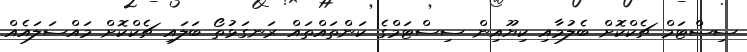
ސިސްޓަމް ޗެކްކޮށް ބެލުމާއި ކިޔޫއިން ސިސްޓަމްގެ ކަންތައްތައް ރަނގަޅުތޯ ބަލައި ޗެކްކޮށް މައްސަލައެއް